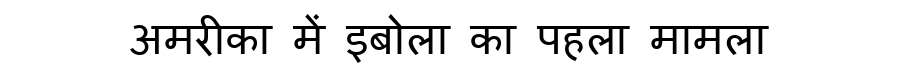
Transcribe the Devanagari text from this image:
अमरीका में इबोला का पहला मामला